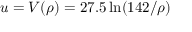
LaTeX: u = V ( \rho ) = 2 7 . 5 \ln ( 1 4 2 / \rho )